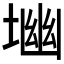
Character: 𱗎